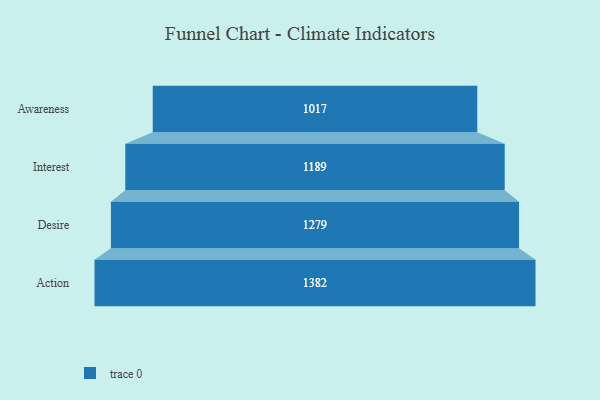
{"axis": {"x": "Stage", "y": "Value"}, "legend": [""], "data": [{"x": "Awareness", "y": 1017.0, "type": ""}, {"x": "Interest", "y": 1189.0, "type": ""}, {"x": "Desire", "y": 1279.0, "type": ""}, {"x": "Action", "y": 1382.0, "type": ""}]}